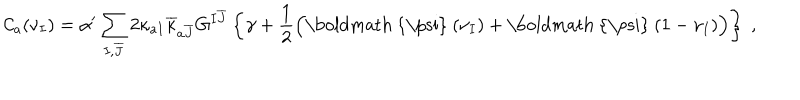
{ \cal C } _ { a } ( \nu _ { I } ) = \alpha ^ { \prime } \sum _ { I , \overline { { { J } } } } 2 \kappa _ { a I } \overline { { { \kappa } } } _ { a \overline { { { J } } } } G ^ { I \overline { { { J } } } } \left\{ \gamma + \frac { 1 } { 2 } \Big ( \mathrm { \boldmath ~ { \ p s i } ~ } ( \nu _ { I } ) + \mathrm { \boldmath ~ { \ p s i } ~ } ( 1 - \nu _ { I } ) \Big ) \right\} ~ ,